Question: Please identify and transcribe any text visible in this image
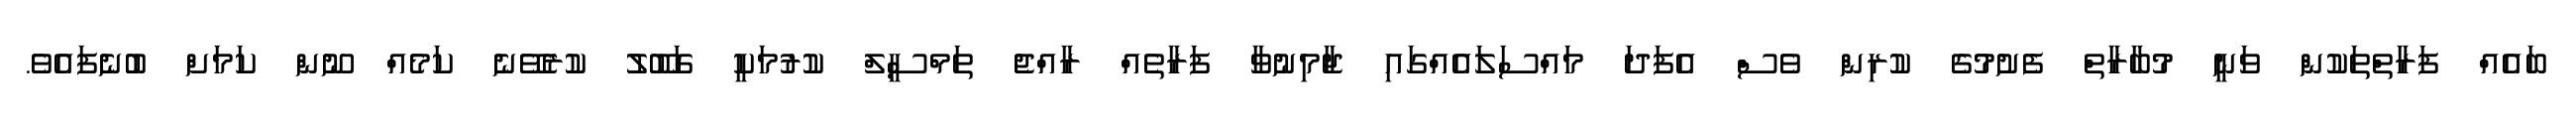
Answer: ބައެއް ފަރާތްތަކުން ވަނީ މުބާރާތް ފެށުމުގެ ކުރިން ވެސް އެފަދަ މައްސަލައެއްގައި ޖާމިނުވާ ފަރާތެއް ރާއްޖެ ތަމްސީލް ކުރުމަކީ ގަބޫލު ކުރެވޭނެ ކަމެއް ނޫން ކަމަށް ބުނެފައެވެ.